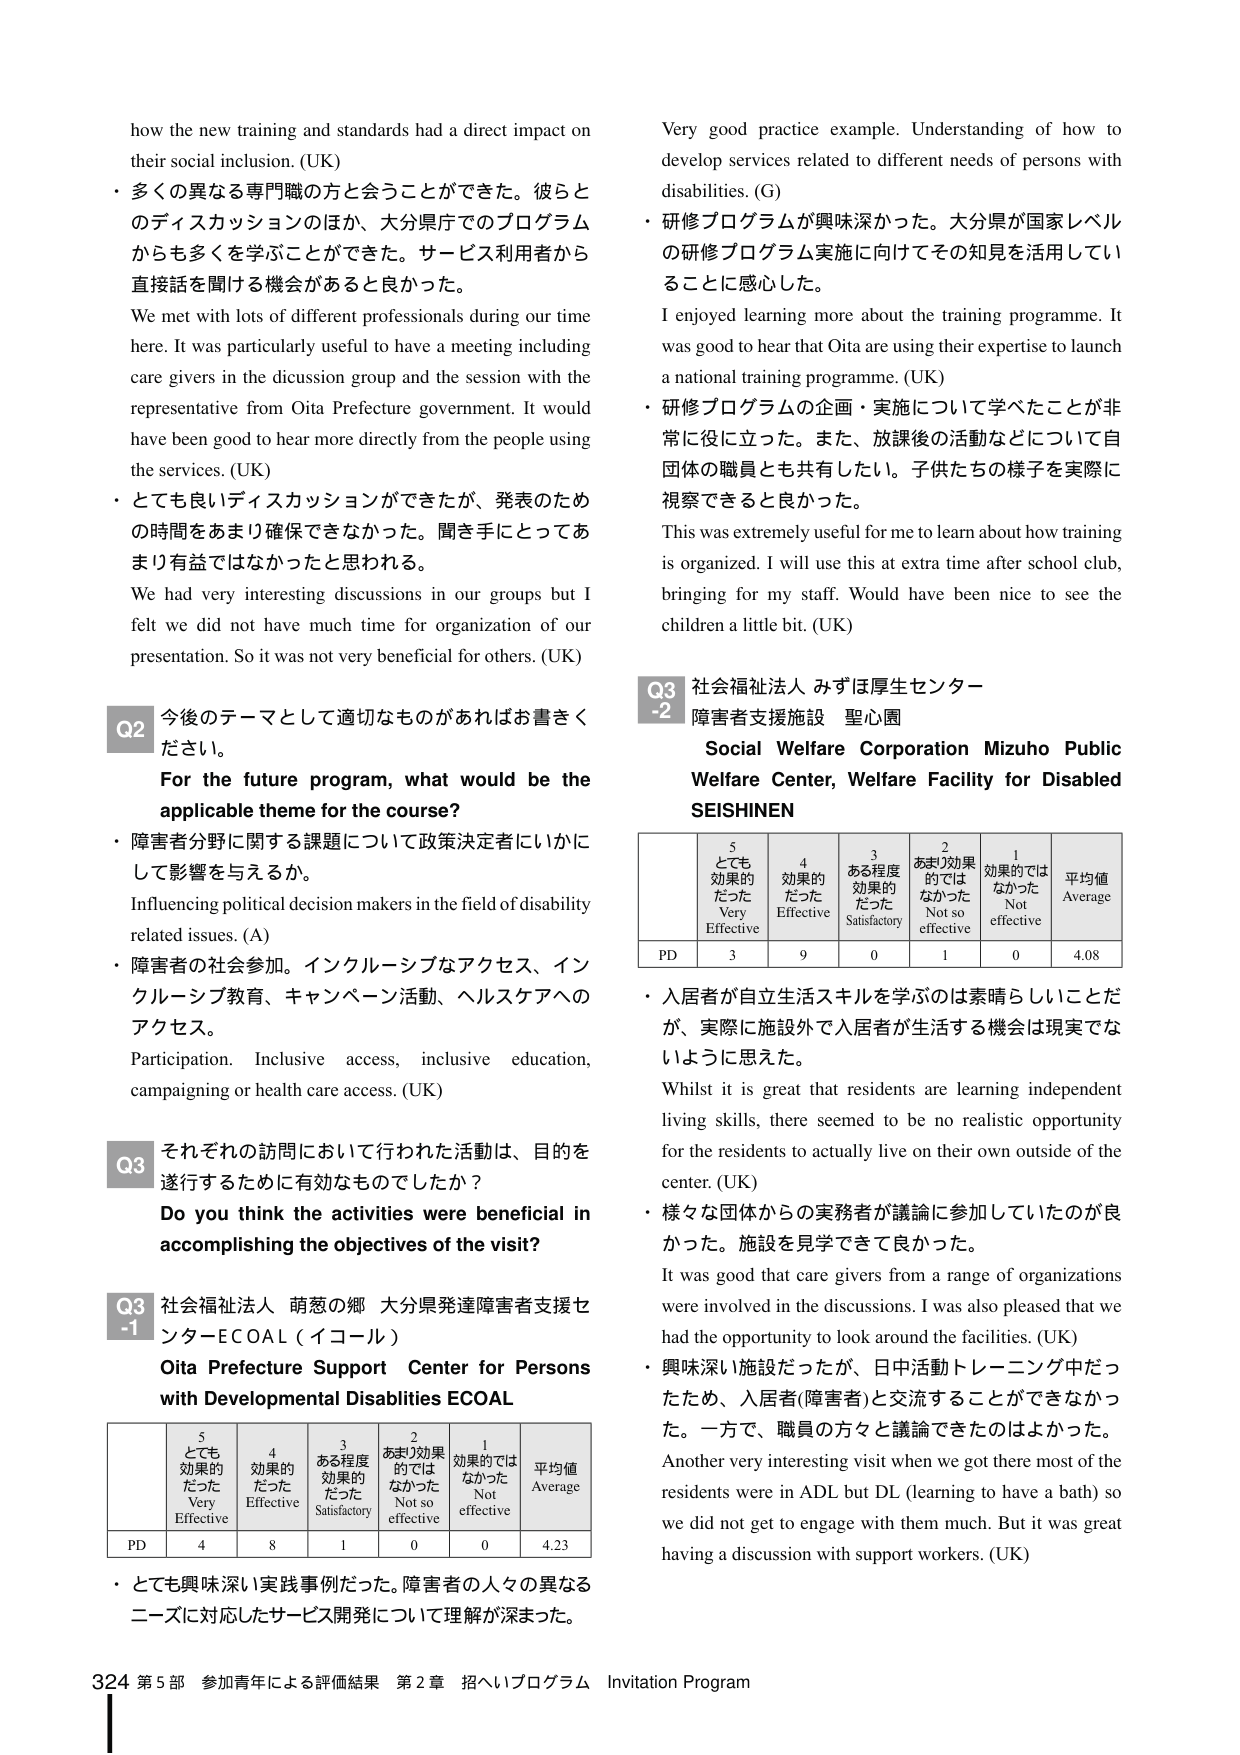
how the new training and standards had a direct impact on their social inclusion. (UK)
・多くの異なる専門職の方と会うことができた。彼らとのディスカッションのほか、大分県でのプログラムからも多くを学ぶことができた。サービス利用者から直接話を聞く機会があると良かった。
We met with lots of different professionals during our time here. It was particularly useful to have a meeting including care givers in the discussion group and the session with the representative from Oita Prefecture government. It would have been good to hear more directly from the people using the services. (UK)
・とても良いディスカッションができたが、発表のための時間をあまり確保できなかった。聞き手にとってあまり有益ではなかったと思われる。
We had very interesting discussions in our groups but I felt we did not have much time for organization of our presentation. So it was not very beneficial for others. (UK)

Q2 今後のテーマとして適切なものがあればお書きください。
For the future program, what would be the applicable theme for the course?
・障害者分野に関する課題について政策決定者にいかにして影響を与えるか。
Influencing political decision makers in the field of disability related issues. (A)
・障害者の社会参加。インクルーシブなアクセス、インクルーシブ教育、キャンペーン活動、ヘルスケアへのアクセス。
Participation. Inclusive access, inclusive education, campaigning or health care access. (UK)

Q3 それぞれの訪問において行われた活動は、目的を遂行するために有効なものでしたか？
Do you think the activities were beneficial in accomplishing the objectives of the visit?

Q3-1 社会福祉法人 萌葱の郷 大分県発達障害者支援センターECOAL（イコール）
Oita Prefecture Support Center for Persons with Developmental Disabilities ECOAL

| 5 とても効果的だった Very Effective | 4 効果的だった Effective | 3 ある程度効果的だった Satisfactory | 2 あまり効果的ではなかった Not so effective | 1 効果的ではなかった Not effective | 平均値 Average |
|---|---|---|---|---|---|
| PD | 4 | 8 | 1 | 0 | 0 | 4.23 |

・とても興味深い実践事例だった。障害者の人々の異なるニーズに対応したサービス開発について理解が深まった。

Very good practice example. Understanding of how to develop services related to different needs of persons with disabilities. (G)
・研修プログラムが興味深かった。大分県が国家レベルの研修プログラム実施に向けてその知見を活用していることに感心した。
I enjoyed learning more about the training programme. It was good to hear that Oita are using their expertise to launch a national training programme. (UK)
・研修プログラムの企画・実施について学べたことが非常に役に立った。また、放課後の活動などについて自団体の職員とも共有したい。子供たちの様子を実際に視察できると良かった。
This was extremely useful for me to learn about how training is organized. I will use this at extra time after school club, bringing for my staff. Would have been nice to see the children a little bit. (UK)

Q3-2 社会福祉法人 みずほ厚生センター 障害者支援施設 聖心園
Social Welfare Corporation Mizuho Public Welfare Center, Welfare Facility for Disabled SEISHINEN

| 5 とても効果的だった Very Effective | 4 効果的だった Effective | 3 ある程度効果的だった Satisfactory | 2 あまり効果的ではなかった Not so effective | 1 効果的ではなかった Not effective | 平均値 Average |
|---|---|---|---|---|---|
| PD | 3 | 9 | 0 | 1 | 0 | 4.08 |

・入居者が自立生活スキルを学ぶのは素晴らしいことだが、実際に施設外で入居者が生活する機会は現実でないように思えた。
Whilst it is great that residents are learning independent living skills, there seemed to be no realistic opportunity for the residents to actually live on their own outside of the center. (UK)
・様々な団体からの実務者が議論に参加していたのが良かった。施設を見学できて良かった。
It was good that care givers from a range of organizations were involved in the discussions. I was also pleased that we had the opportunity to look around the facilities. (UK)
・興味深い施設だったが、日中活動トレーニング中だったため、入居者(障害者)と交流することができなかった。一方で、職員の方々と議論できたのはよかった。
Another very interesting visit when we got there most of the residents were in ADL but DL (learning to have a bath) so we did not get to engage with them much. But it was great having a discussion with support workers. (UK)

324 第5部 参加青年による評価結果 第2章 招へいプログラム Invitation Program